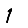
Digit: 1